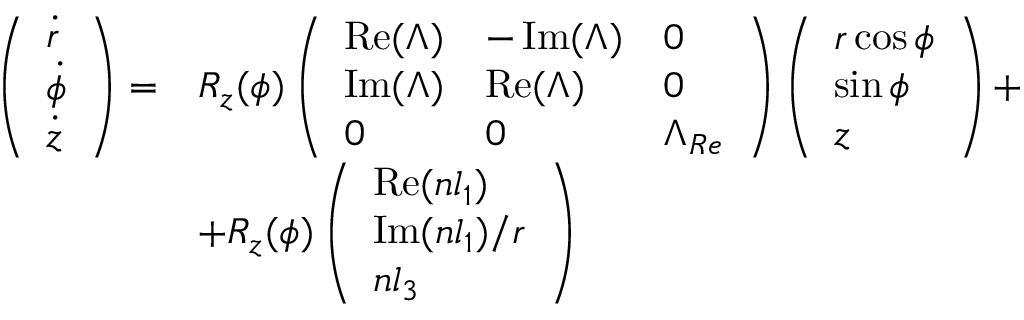
\begin{array} { r l } { \left( \begin{array} { l } { \dot { r } } \\ { \dot { \phi } } \\ { \dot { z } } \end{array} \right) = } & { R _ { z } ( \phi ) \left( \begin{array} { l l l } { \operatorname { R e } ( \Lambda ) } & { - \operatorname { I m } ( \Lambda ) } & { 0 } \\ { \operatorname { I m } ( \Lambda ) } & { \operatorname { R e } ( \Lambda ) } & { 0 } \\ { 0 } & { 0 } & { \Lambda _ { R e } } \end{array} \right) \left( \begin{array} { l } { r \cos \phi } \\ { \sin \phi } \\ { z } \end{array} \right) + } \\ & { + R _ { z } ( \phi ) \left( \begin{array} { l } { \operatorname { R e } ( n l _ { 1 } ) } \\ { \operatorname { I m } ( n l _ { 1 } ) / r } \\ { n l _ { 3 } } \end{array} \right) } \end{array}